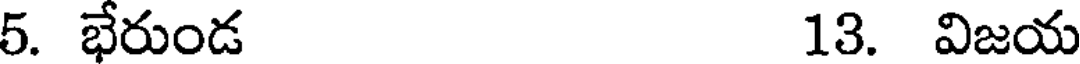
5. భేరుండ 13. విజయ